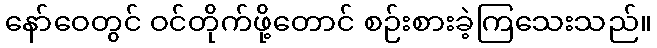
နော်ဝေတွင် ဝင်တိုက်ဖို့တောင် စဉ်းစားခဲ့ကြသေးသည်။